Code of medical and sanitary regulations for the guidance of medical officers serving in the Madras Presidency - Volume II
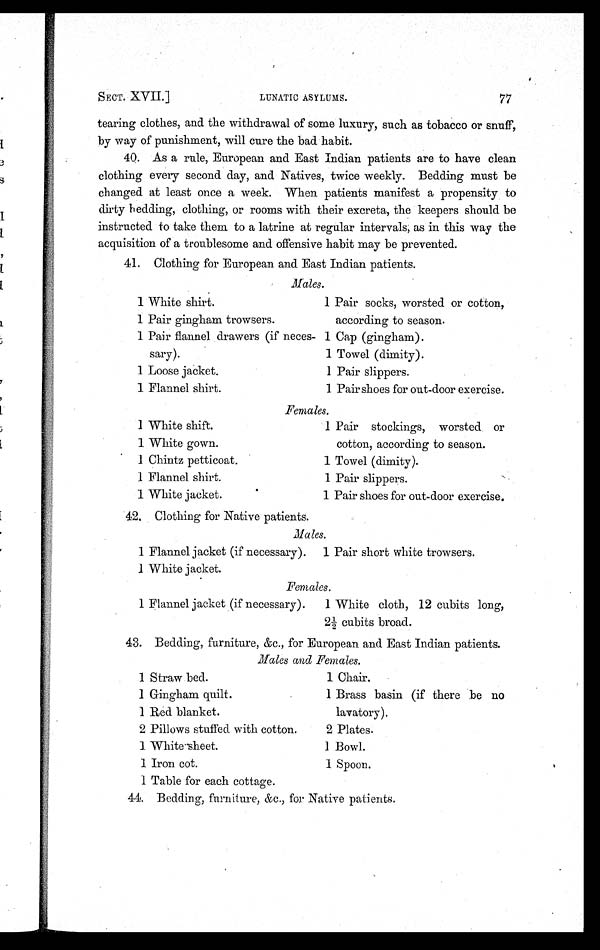
SECT. XVII.]
LUNATIC ASYLUMS.
77
tearing clothes, and the withdrawal of some luxury, such as tobacco or snuff,
by way of punishment, will cure the bad habit.
40. As a rule, European and East Indian patients are to have clean
clothing every second day, and Natives, twice weekly. Bedding must be
changed at least once a week. When patients manifest a propensity to
dirty bedding, clothing, or rooms with their excreta, the keepers should be
instructed to take them to a latrine at regular intervals, as in this way the
acquisition of a troublesome and offensive habit may be prevented.
41. Clothing for European and East Indian patients.
Males.
1 White shirt.
1 Pair socks, worsted or cotton,
according to season.
1 Pair gingham trowsers.
1 Pair flannel drawers (if neces-
sary).
1 Cap (gingham).
1 Towel (dimity).
1 Loose jacket.
1 Pair slippers.
1 Flannel shirt.
1 Pairshoes for out-door exercise.
Females.
1 White shift.
1 Pair stockings, worsted or
cotton, according to season.
1 White gown.
1 Chintz petticoat.
1 Towel (dimity).
1 Flannel shirt.
1 Pair slippers.
1 White jacket.
1 Pair shoes for out-door exercise.
42. Clothing for Native patients.
Males.
1 Flannel jacket (if necessary).
1 White jacket.
1 Pair short white trowsers.
Females.
1 Flannel jacket (if necessary).
1 White cloth, 12 cubits long,
2½ cubits broad.
43. Bedding, furniture, &amp;c., for European and East Indian patients.
Males and Females.
1 Straw bed.
1 Chair.
1 Gingham quilt.
1 Brass basin (if there be no
lavatory).
1 Red blanket.
2 Pillows stuffed with cotton.
2 Plates.
1 White sheet.
1 Bowl.
1 Iron cot.
1 Spoon.
1 Table for each cottage.
44. Bedding, furniture, &amp;c., for Native patients.